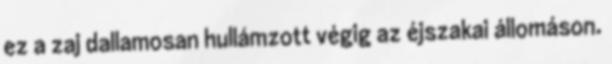
ez a zaj dallamosan hullámzott végig az éjszakai állomáson.